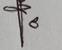
Signature authenticity: genuine